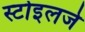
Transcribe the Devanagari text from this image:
स्टोइलजे